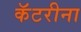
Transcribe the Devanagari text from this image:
कॅटरीना